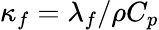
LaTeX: \kappa_{f}=\lambda_{f}/\rho C_{p}